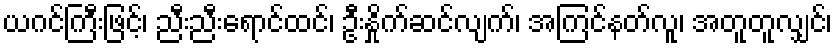
ယဂင်ကြီးဖြင့်၊ ညီးညီးရောင်ထင်၊ ဦးနှိုက်ဆင်လျက်၊ အကြင်နတ်လူ၊ အတူတူလျှင်၊